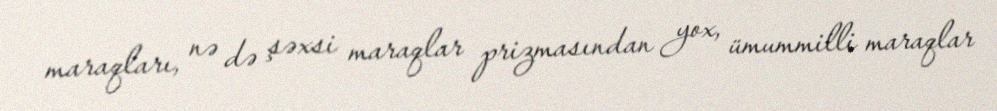
maraqları, nə də şəxsi maraqlar prizmasından yox, ümummilli maraqlar